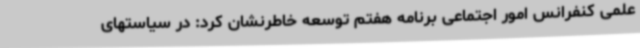
علمی کنفرانس امور اجتماعی برنامه هفتم توسعه خاطرنشان کرد: در سیاستهای